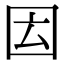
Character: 𡇁